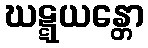
ဃဋ္ဋယန္တော